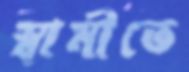
স্বামীতে